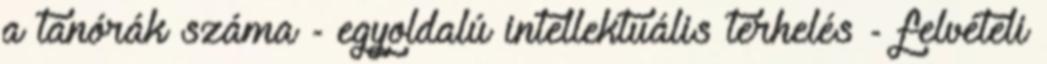
a tanórák száma - egyoldalú intellektuális terhelés - felvételi